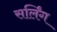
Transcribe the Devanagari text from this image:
सर्लिंग